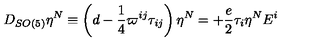
D _ { S O ( 5 ) } \eta ^ { N } \equiv \left( d - \frac { 1 } { 4 } \varpi ^ { i j } \tau _ { i j } \right) \eta ^ { N } = + \frac { e } { 2 } \tau _ { i } \eta ^ { N } E ^ { i }